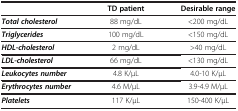
<table><thead><tr><td><b> </b></td><td><b>TD patient</b></td><td><b>Desirable range</b></td></tr></thead><tbody><tr><td><b><i>Total cholesterol </i> </b></td><td>88 mg/dL</td><td>&lt;200 mg/dL</td></tr><tr><td><b><i>Triglycerides </i> </b></td><td>100 mg/dL</td><td>&lt;150 mg/dL</td></tr><tr><td><b><i>HDL-cholesterol </i> </b></td><td>2 mg/dL</td><td>&gt;40 mg/dL</td></tr><tr><td><b><i>LDL-cholesterol </i> </b></td><td>66 mg/dL</td><td>&lt;130 mg/dL</td></tr><tr><td><b><i>Leukocytes number </i> </b></td><td>4.8 K/μL</td><td>4.0-10 K/μL</td></tr><tr><td><b><i>Erythrocytes number </i> </b></td><td>4.6 M/μL</td><td>3.9-4.9 M/μL</td></tr><tr><td><b><i>Platelets </i> </b></td><td>117 K/μL</td><td>150-400 K/μL</td></tr></tbody></table>